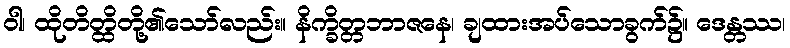
ဝါ၊ ထိုတိတ္ထိတို့၏သော်လည်း။ နိက္ခိတ္တဘာဇနေ၊ ချထားအပ်သောခွက်၌။ ဒေန္တဿ၊